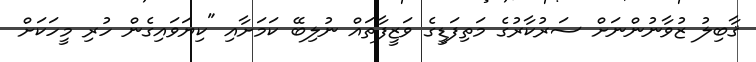
ޤާބިލު ޒުވާނުންނަށް ސަރުކާރުގެ މަތިފަޑީގެ ވަޒީފާތައް ނުލިބޭ ކަމަށާއި "ކިޔަވައިގެން ހުރި މީހަކަށް